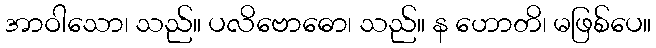
အာဝါသော၊ သည်။ ပလိဗောဓော၊ သည်။ န ဟောတိ၊ မဖြစ်ပေ။